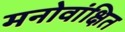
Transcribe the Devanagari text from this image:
मनोवांक्षित